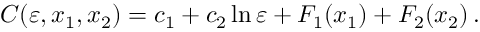
C ( \varepsilon , x _ { 1 } , x _ { 2 } ) = c _ { 1 } + c _ { 2 } \ln \varepsilon + F _ { 1 } ( x _ { 1 } ) + F _ { 2 } ( x _ { 2 } ) \, .